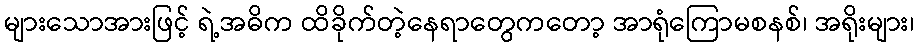
များသောအားဖြင့် ရဲ့အဓိက ထိခိုက်တဲ့နေရာတွေကတော့ အာရုံကြောမစနစ်၊ အရိုးများ၊